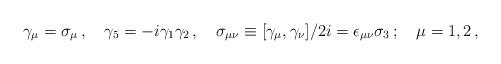
LaTeX: \begin{align*}\gamma_{\mu}=\sigma_{\mu}\,,\quad\gamma_{5}=-i\gamma_{1}\gamma_{2}\,,\quad\sigma_{\mu\nu}\equiv[\gamma_{\mu},\gamma_{\nu}]/2i=\epsilon_{\mu\nu}\sigma_{3}\,;\quad\mu=1,2\,,\end{align*}